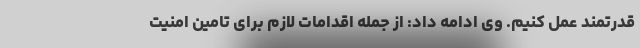
قدرتمند عمل کنیم. وی ادامه داد: از جمله اقدامات لازم برای تامین امنیت